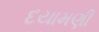
દયામણી